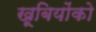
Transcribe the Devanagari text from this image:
खूबियोंको